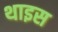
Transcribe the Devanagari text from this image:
थाइस